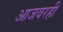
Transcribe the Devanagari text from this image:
आजवरही